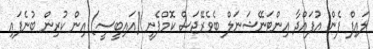
ލައިފް ފެން އުފައްދާ އިންޓަނޭޝަނަލް ބެވެރޭޖަސް ކޮމްޕެނީ (އައިބީސީ) އިން ކުރިން ބުނެފައި